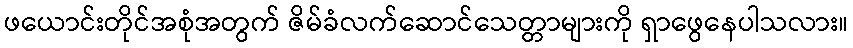
ဖယောင်းတိုင်အစုံအတွက် ဇိမ်ခံလက်ဆောင်သေတ္တာများကို ရှာဖွေနေပါသလား။